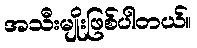
အသီးမျိုးဖြစ်ပါတယ်။